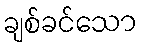
ချစ်ခင်သော